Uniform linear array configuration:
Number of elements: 64
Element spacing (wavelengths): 1
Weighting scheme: cosine
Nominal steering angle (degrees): -30
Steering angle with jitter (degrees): -30.895
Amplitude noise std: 0.05
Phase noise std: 0.05

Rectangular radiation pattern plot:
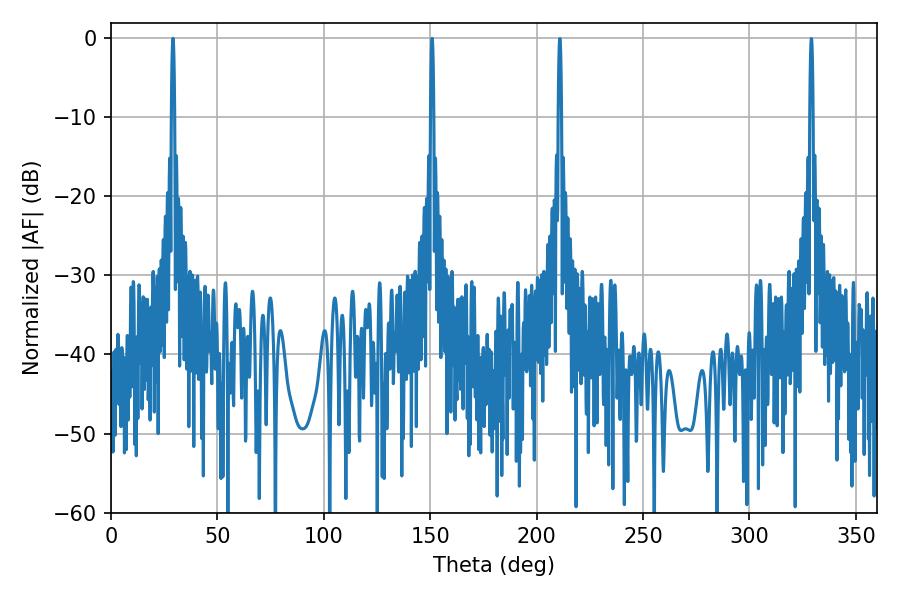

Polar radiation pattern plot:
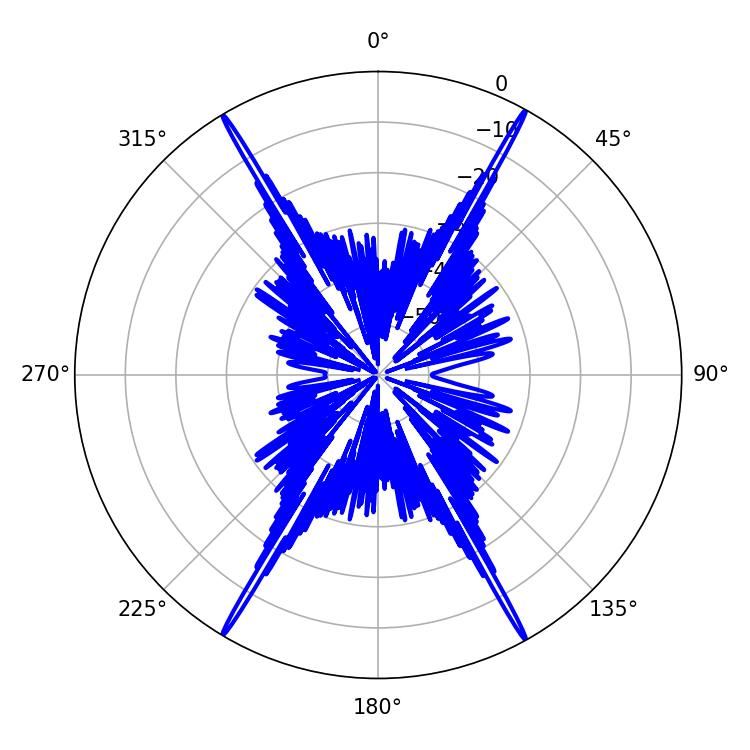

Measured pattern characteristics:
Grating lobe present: TRUE
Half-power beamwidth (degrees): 0.72
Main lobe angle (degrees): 29.16